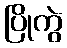
ပြိုကွဲ